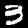
Digit: 3